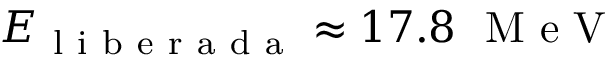
E _ { \mathrm { ~ l ~ i ~ b ~ e ~ r ~ a ~ d ~ a ~ } } \approx 1 7 . 8 ~ \mathrm { ~ M ~ e ~ V ~ }